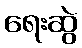
ရေးဆွဲ